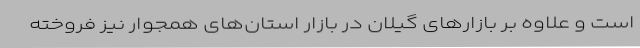
است و علاوه بر بازارهای گیلان در بازار استان‌های همجوار نیز فروخته